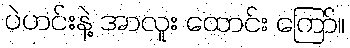
ပဲဟင်းနဲ့ အာလူး ထောင်း ကြော်။